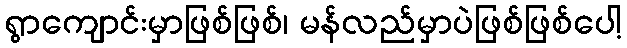
ရွာကျောင်းမှာဖြစ်ဖြစ်၊ မန်လည်မှာပဲဖြစ်ဖြစ်ပေါ့